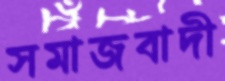
সমাজবাদী